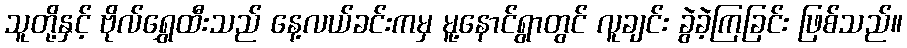
သူတို့နှင့် ဗိုလ်ရွှေထီးသည် နေ့လယ်ခင်းကမှ မူ့နောင်ရွာတွင် လူချင်း ခွဲခဲ့ကြခြင်း ဖြစ်သည်။